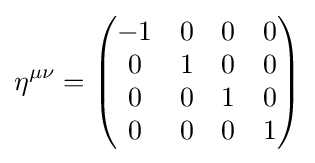
\eta ^{\mu \nu }={\begin{pmatrix}-1&0&0&0\\0&1&0&0\\0&0&1&0\\0&0&0&1\end{pmatrix}}